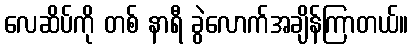
လေဆိပ်ကို တစ် နာရီ ခွဲလောက်အချိန်ကြာတယ်။